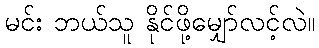
မင်း ဘယ်သူ နိုင်ဖို့မျှော်လင့်လဲ။